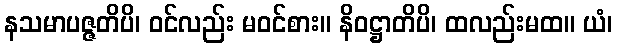
နသမာပဇ္ဇတိပိ၊ ဝင်လည်း မဝင်စား။ နိဝဋ္ဌာတိပိ၊ ထလည်းမထ။ ယံ၊